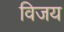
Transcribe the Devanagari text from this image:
विजय